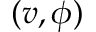
( v , \phi )